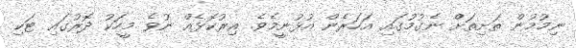
ނިމުމުން ތަށިތަށް ނެގުމުގައި އަހަރެން އުޅުނީމެވެ. އިރުކޮޅެއް ނުވެ މީހަކު ދޮރުގައި ޓަކި